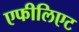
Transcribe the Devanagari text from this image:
एफीलिएट